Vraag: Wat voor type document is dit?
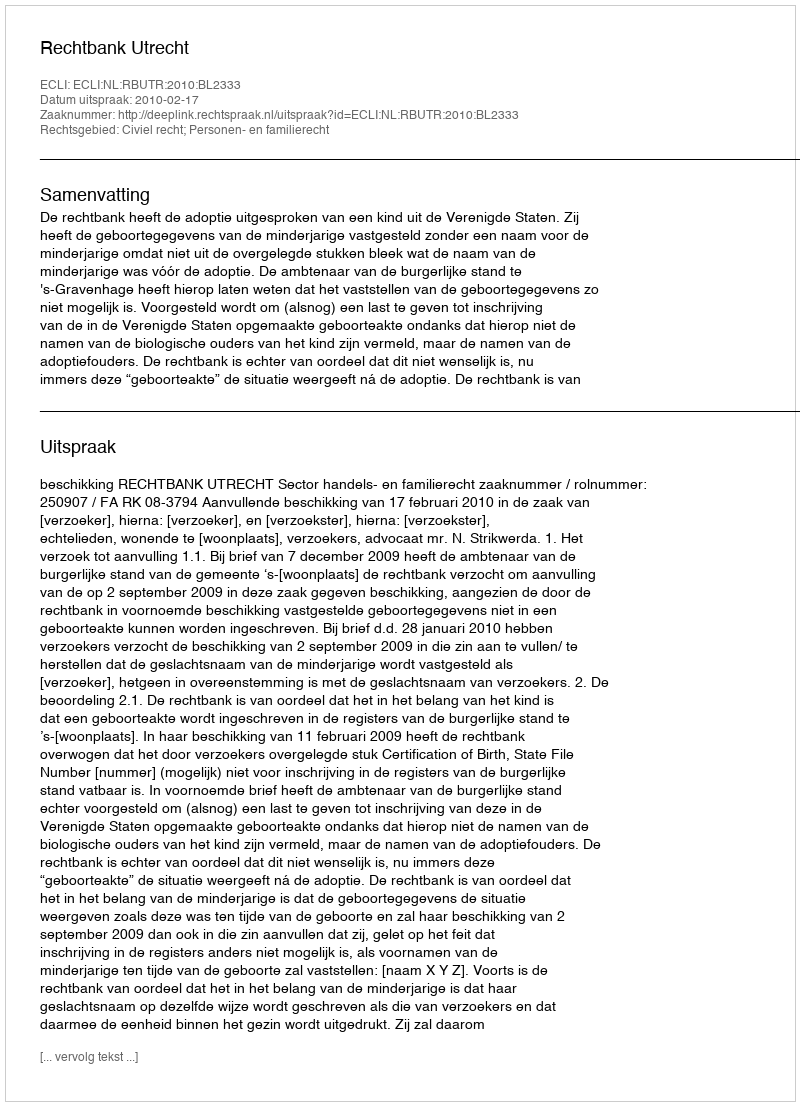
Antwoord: Uitspraak